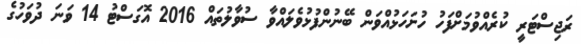
ރަޖިސްޓަރީ ކުރެއްވުމަށްފަހު ހުށަހަޅުއްވަން ބޭނުންފުޅުވެލައްވާ ސުވާލުތައް 2016 އޮގަސްޓު 14 ވަނަ ދުވަހުގެ